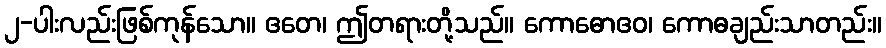
၂-ပါးလည်းဖြစ်ကုန်သော။ ဧတေ၊ ဤတရားတို့သည်။ ကောဓောဧဝ၊ ကောဓချည်းသာတည်း။